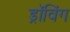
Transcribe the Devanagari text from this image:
ड्रॉविंग